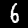
Digit: 6